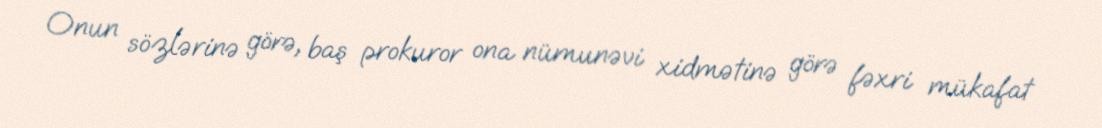
Onun sözlərinə görə, baş prokuror ona nümunəvi xidmətinə görə fəxri mükafat